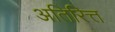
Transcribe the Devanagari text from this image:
अतिरित्त